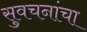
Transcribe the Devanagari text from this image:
सुवचनांचा